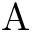
\mathrm { A }